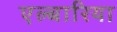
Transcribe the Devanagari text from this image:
एल्बारिया